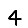
Digit: 4